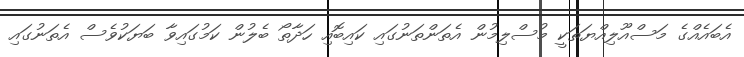
އެބައެއްގެ މަސްއޫލިއްޔަތަކީ މުސްލިމުން އެތަންތަނުގައި ކައިބޮއި ހަދާތޯ ބެލުން ކަމުގައިވާ ބަޔަކުވެސް އެތަނުގައި